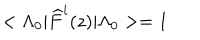
LaTeX: < \Lambda _ { 0 } | \widehat { F } ^ { i } ( z ) | \Lambda _ { 0 } > = 1